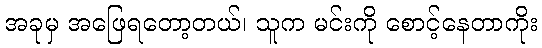
အခုမှ အဖြေရတော့တယ်၊ သူက မင်းကို စောင့်နေတာကိုး